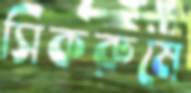
সিকরুমে